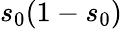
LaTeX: s_{0}(1-s_{0})